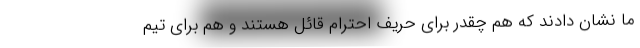
ما نشان دادند که هم چقدر برای حریف احترام قائل هستند و هم برای تیم